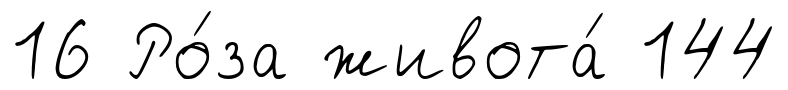
16 Ро́за живота́ 144